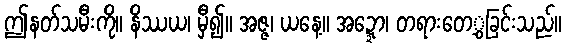
ဤနတ်သမီးကို။ နိဿယ၊ မှီ၍။ အဇ္ဇ၊ ယနေ့။ အဍ္ဍော၊ တရားတေ့ွခြင်းသည်။